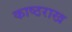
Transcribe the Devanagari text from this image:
काष्ठराख